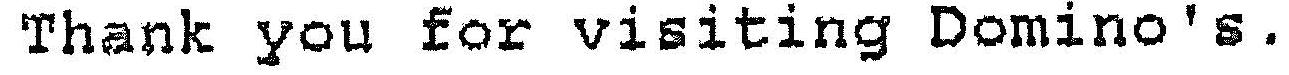
THANK YOU FOR VISITING DOMINO'S.